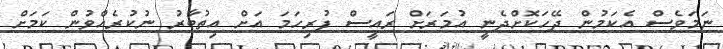
ނަމަވެސް އެކަމުން ދޭހަކޮށްދެނީ އުމަރަށް ރައީސް ފުރިހަމަ އަށް އިތުބާރު ނުކުރެއްވުން ކަމަށް